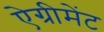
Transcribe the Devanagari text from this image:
ऐग्रीमेंट